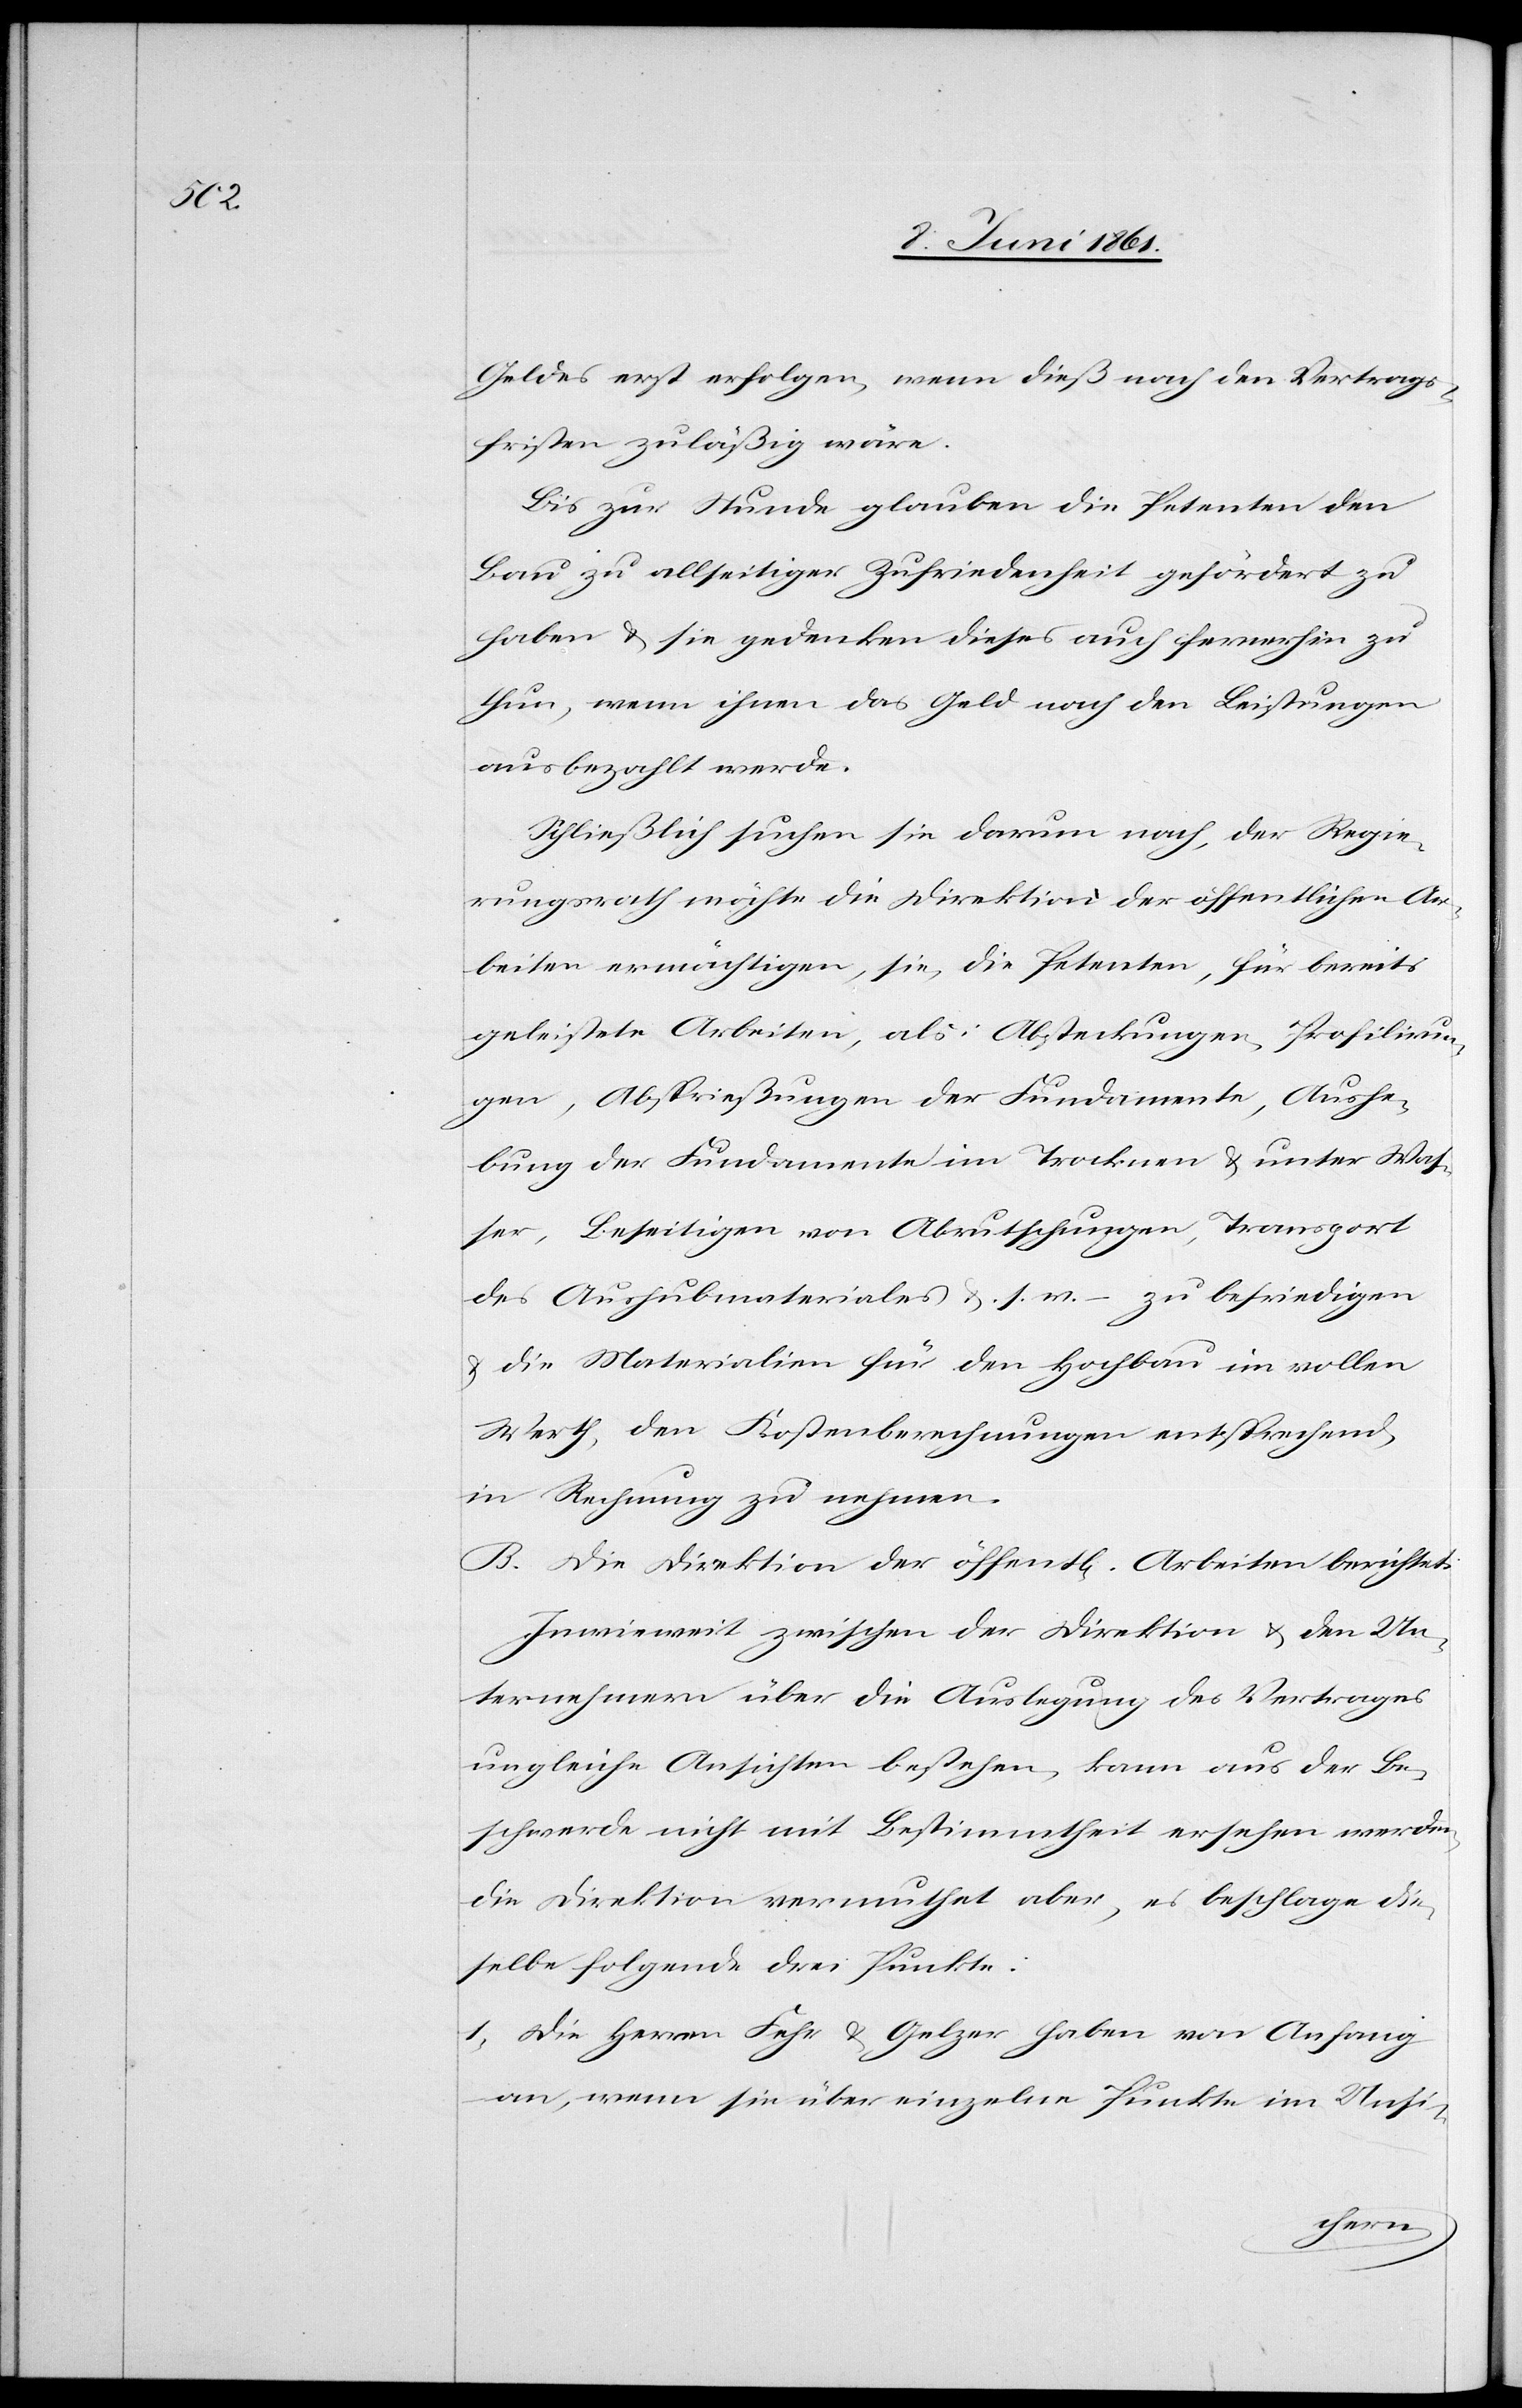
Geldes erst erfolgen, wenn dieß nach den Vertrags¬
fristen zuläßig wäre.
Bis zur Stunde glauben die Petenten den
Bau zu allseitiger Zufriedenheit gefördert zu
haben u. sie gedenken dieses auch fernerhin zu
thun, wenn ihnen das Geld nach den Leistungen
ausbezahlt werde.
Schließlich suche sie darum nach, der Regie¬
rungsrath möchte die Direktion der öffentlichen Ar¬
beiten ermächtigen, sie, die Petenten, für bereits
geleistete Arbeiten, als: Absteckungen, Profilirun¬
gen, Absprießungen der Fundamente, Aushe¬
bung der Fundamente im Trocknen u. unter Was¬
ser, Beseitigen von Abrutschungen, Transport
des Aushubmateriales u. s. w – zu befriedigen
u. die Materialien für den Hochbau in vollen
Werth, den Kostenberechnungen entsprechend,
in Rechnung zu nehmen.
B. Die Direktion der öffent[lichen] Arbeiten berichtet:
Inwieweit zwischen der Direktion u. den Un¬
ternehmern über die Auslegung des Vertrages
ungleiche Ansichten bestehen, kann aus der Be¬
schwerde nicht mit Bestimmtheit ersehen werden,
die Direktion vermuthet aber, es beschlage die¬
selbe folgende drei Punkte:
1. Die Herren Fehr u. Gelzer haben von Anfang
an, wenn sie über einzelne Punkte im Unsi-